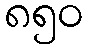
၈၅၀